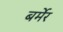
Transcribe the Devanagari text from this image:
बर्मेर